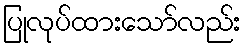
ပြုလုပ်ထားသော်လည်း